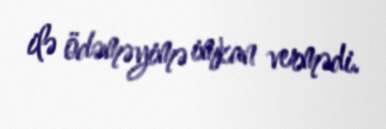
ilə ödəməyimə imkan vermədi.